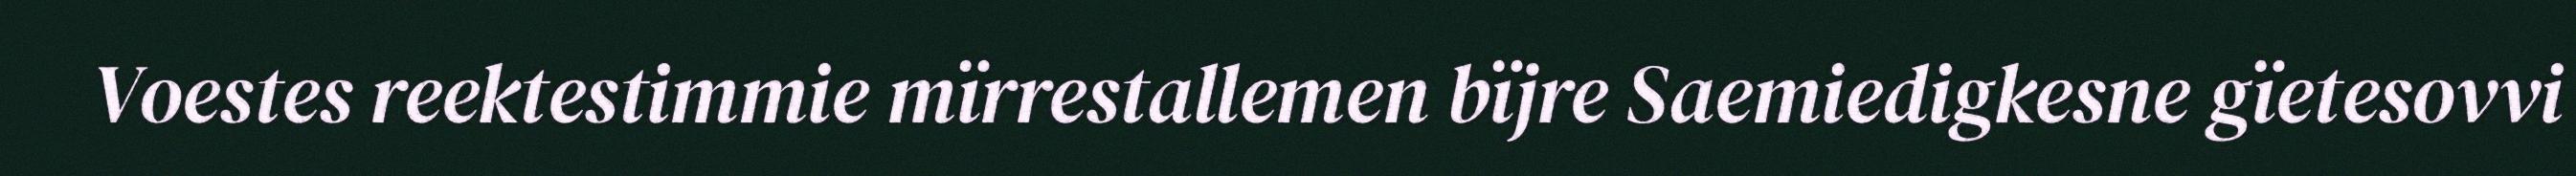
Voestes reektestimmie mïrrestallemen bïjre Saemiedigkesne gïetesovvi